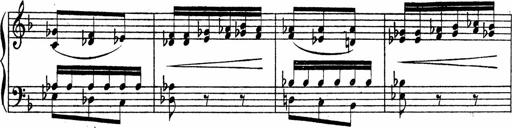
Title: Piano Sonata
Composer: Karl HÃ¤ssler
Key: C major